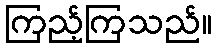
ကြည့်ကြသည်။